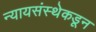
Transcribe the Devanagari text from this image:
न्यायसंस्थेकडून